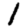
Digit: 1